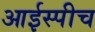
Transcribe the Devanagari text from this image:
आईस्पीच